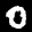
Label: 0